Supplement to the account of plague administration in the Bombay Presidency from September 1896 till May 1897
Year: 1896
Disease focus: Plague
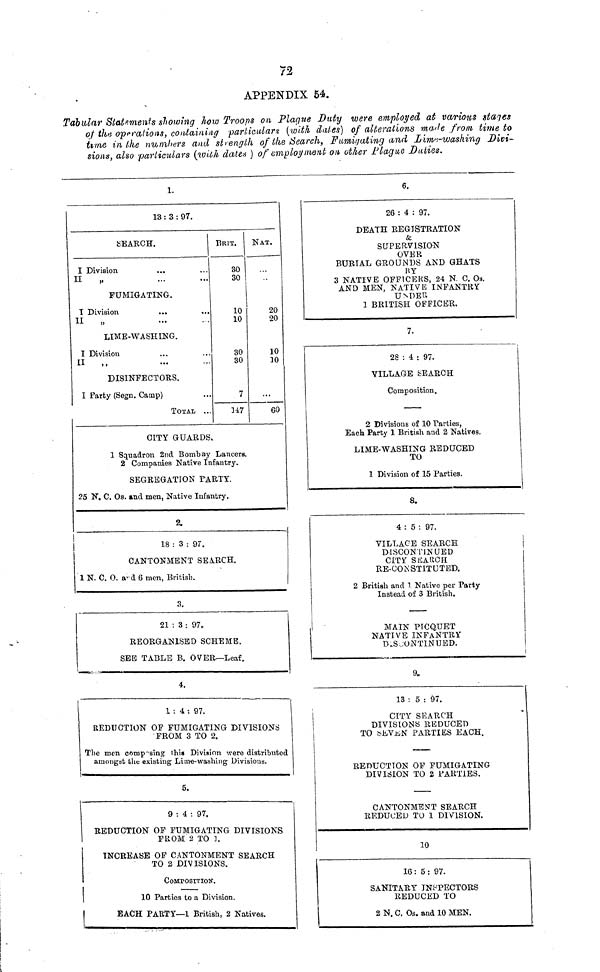
72
APPENDIX 54.
Tabular Statements showing how Troops on Plaque Duty were employed at various stages
of the operations, containing particulars {with dates) of alterations made from time to
terne in the numbers and strength of the Search, Fumigating and Lime-washing Divi-
sions, also particulars
dates ) of employment on other Plague Duties.
1.
13: 3 : 97.
SEARCH.
I Division
II
,.
FUMIGATING.
I Division
...
II „
LIME-WASHING.
I Division
II
,.
DISINFECTORS.
I Party (Segn. Camp)
TOTAL
BRIT.
80
30
10
10
30
30
7
147
NAT.
...
20
20
10
10
...
60
CITY GUARDS.
1 Squadron 2nd Bombay Lancers.
2 Companies Native Infantry.
SEGREGATION PARTY.
25 N. C. Os. and men, Native Infantry.
2.
18 : 3 : 97.
CANTONMENT SEARCH.
1 N. C. 0. and 6 men, British.
3.
21 s 3 : 97.
REORGANISED SCHEME.
SEE TABLE B. OVER—Leaf.
4.
1: 4 : 97.
REDUCTION OP FUMIGATING DIVISIONS
FROM 3 TO 2.
The men composing this Division were distributed
amongat the existing Lime-washing Divisions.
5.
9 : 4 : 97.
REDUCTION OF FUMIGATING DIVISIONS
FROM 2 TO ].
INCREASE OF CANTONMENT SEARCH
TO 2 DIVISIONS.
COMPOSITION.
10 Parties to a Division.
EACH PARTY—1 British, 2 Natives.
6.
26 : 4 : 97.
DEATH REGISTRATION
&
SUPERVISION
OVER
BURIAL GROUNDS AND GHATS
BY
3 NATIVE OFFICERS, 24 N C. Os.
AND MEN, NATIVE INFANTRY
UNDER
1 BRITISH OFFICER.
7.
28 : 4 : 97.
VILLAGE SEARCH
Composition.
2 Divisions of 10 Parties,
Each Party 1 British and 2 Natives.
LIME-WASHING REDUCED
TO
1 Division of 15 Parties.
8.
4:5: 97.
VILLAGE SEARCH
DISCONTINUED
CITY SEARCH
RE-CONSTITUTED.
2 British and 1 Native per Party
Instead of 3 British.
MAIN PICQUET
NATIVE INFANTRY
DISCONTINUED.
I
9.
13 : 5 : 97.
CITY SEARCH
DIVISIONS REDUCED
TO SEVEN PARTIES EACH.
REDUCTION OF FUMIGATING
DIVISION TO 2 PARTIES.
CANTONMENT SEARCH
REDUCED TO 1 DIVISION.
10
16: 5 : 97.
SANITARY INSPECTORS
REDUCED TO
2 N. C. Os. and 10 MEN.